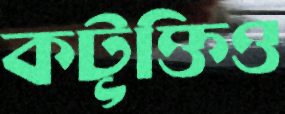
কটূক্তিও